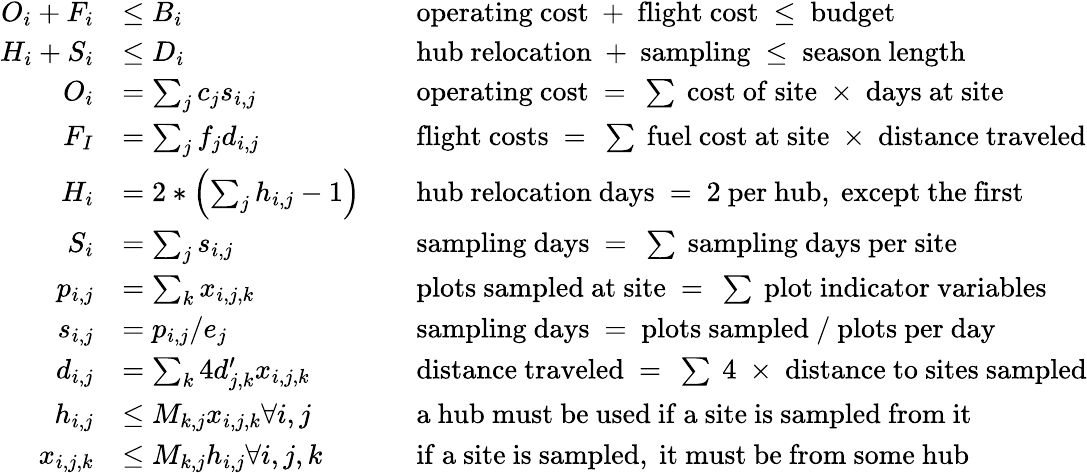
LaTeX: \begin{array}{rlrl}{O_{i}+F_{i}}&{\leq B_{i}}&&{\mathrm{operating~cost~+~flight~cost~\leq~budget}}\\ {H_{i}+S_{i}}&{\leq D_{i}}&&{\mathrm{hub~relocation~+~sampling~\leq~season~length}}\\ {O_{i}}&{=\sum_{j}c_{j}s_{i,j}}&&{\mathrm{operating~cost~=~\sum~cost~of~site~\times~days~at~site}}\\ {F_{I}}&{=\sum_{j}f_{j}d_{i,j}}&&{\mathrm{flight~costs~=~\sum~fuel~cost~at~site~\times~distance~traveled}}\\ {H_{i}}&{=2*\left(\sum_{j}h_{i,j}-1\right)}&&{\mathrm{hub~relocation~days~=~2~per~hub,~except~the~first}}\\ {S_{i}}&{=\sum_{j}s_{i,j}}&&{\mathrm{sampling~days~=~\sum~sampling~days~per~site}}\\ {p_{i,j}}&{=\sum_{k}x_{i,j,k}}&&{\mathrm{plots~sampled~at~site~=~\sum~plot~indicator~variables}}\\ {s_{i,j}}&{=p_{i,j}/e_{j}}&&{\mathrm{sampling~days~=~plots~sampled~/~plots~per~day}}\\ {d_{i,j}}&{=\sum_{k}4d_{j,k}^{\prime}x_{i,j,k}}&&{\mathrm{distance~traveled~=~\sum~4~\times~distance~to~sites~sampled}}\\ {h_{i,j}}&{\leq M_{k,j}x_{i,j,k}\forall i,j}&&{\mathrm{a~hub~must~be~used~if~a~site~is~sampled~from~it}}\\ {x_{i,j,k}}&{\leq M_{k,j}h_{i,j}\forall i,j,k}&&{\mathrm{if~a~site~is~sampled,~it~must~be~from~some~hub}}\end{array}